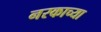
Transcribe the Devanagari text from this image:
नरकाच्या